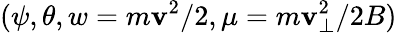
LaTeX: (\psi,\theta,w=m\mathbf{v}^{2}/2,\mu=m\mathbf{v}_{\perp}^{2}/2B)